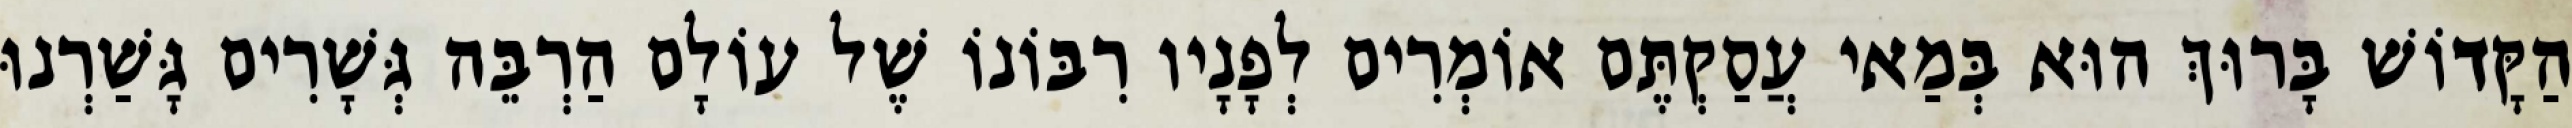
הַקָּדוֹשׁ בָּרוּךְ הוּא בְּמַאי עֲסַקְתֶּם אוֹמְרִים לְפָנָיו רִבּוֹנוֹ שֶׁל עוֹלָם הַרְבֵּה גְּשָׁרִים גָּשַׁרְנוּ